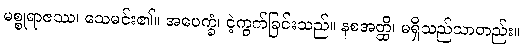
မစ္စုရာဇဿ၊ သေမင်း၏။ အပေက္ခံ၊ ငဲ့ကွက်ခြင်းသည်။ နစအတ္ထိ၊ မရှိသည်သာတည်း။